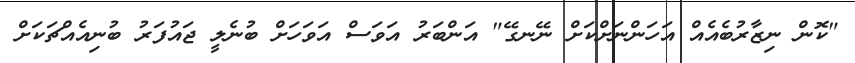
"ކޮން ނިޒާރުބެއެއް އަހަންނަށްކަށް ނޭނގޭ" އަންބަރު އަވަސް އަވަހަށް ބުނެލީ ޖައުފަރު ބުނިއެއްޗަކަށް